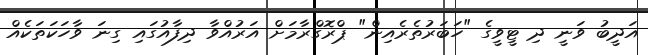
އަދީބު ވަނީ ދި ޓީވީގެ "ހަބަރުތެރެއިން" ޕްރޮގްރާމަށް އަރުއްވާ ދިފާއުގައި ގިނަ ވާހަކަތަކެއް